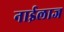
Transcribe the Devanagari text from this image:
नाईलाज